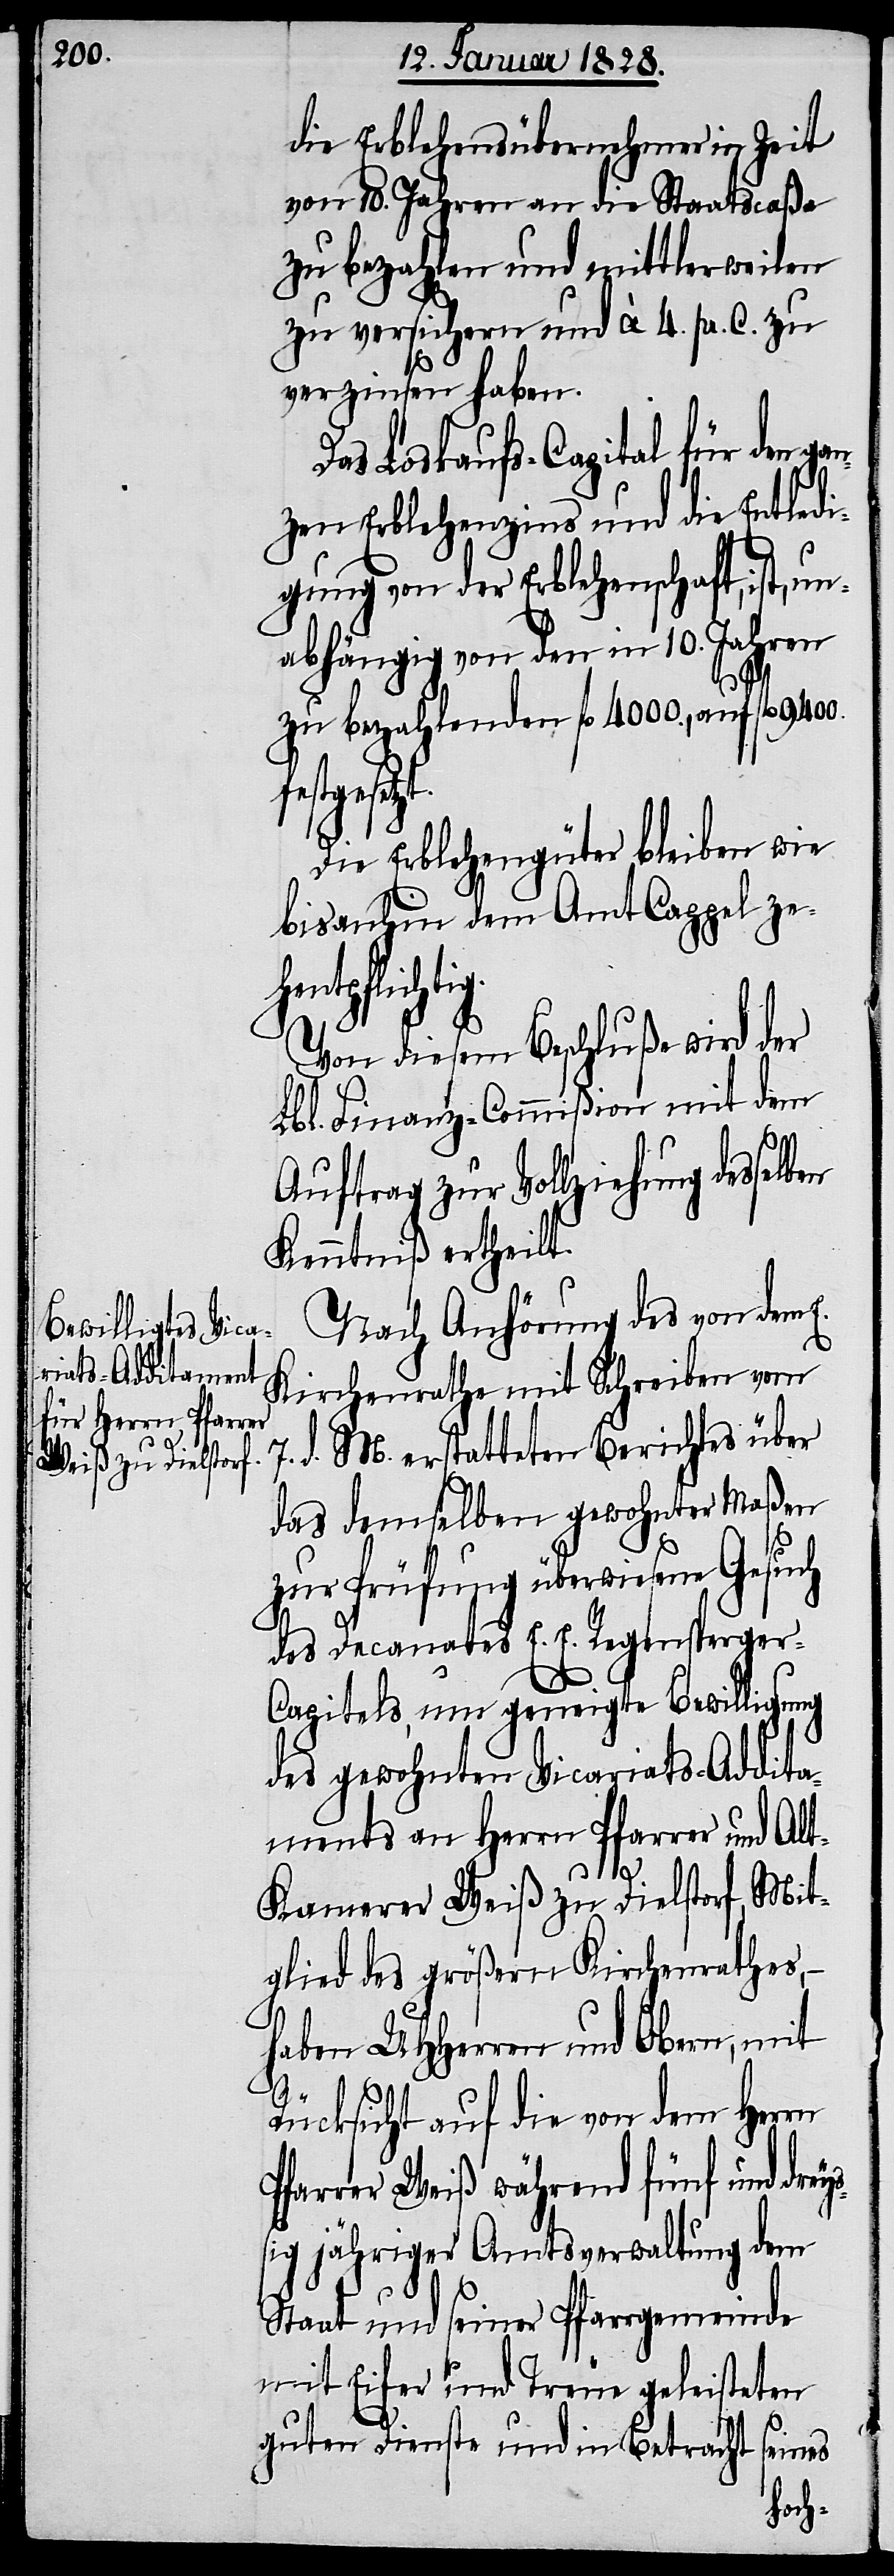
g.

die Erblehensübernehmer in Zeit
von 10. Jahren an die Staatscaßa
zu bezahlen und mittlerweilen
zu versichern und ä 4. pr. C. zu
verzinsen haben.
Das Loskaufs-Capital für den ga¬
nzen Erblehenszins und die Entledi¬
gung von der Erblehenschaft, ist, un¬
abhängig von den in 10. Jahren
zu bezahlenden fl 4000., auf fl 9400.
gesetzt.
Die Erblehengüter bleiben wie
bis anhin dem Amt Cappel zeh¬
entpflichti¬
Von diesem Beschluße wird der
Lbl. Finanz-Commißion mit dem
Auftrag zur Vollziehung desselben
Kenntniß ertheilt.
Nach Anhörung des von dem E.
Kirchenrathe mit Schreiben vom
d. M. erstatteten Berichtes über
7.
das demselben gewohnter Maßen
zur Prüfung überwiesenen
des Decanates E. E. Regensperger-C¬
apitels, um geneigte Bewilligung
des gewohnten Vicariats-Addita¬
ments an Herrn Pfarrer und Al¬
t-Kamerer Weiß zu Dielstorf, Mit¬
glied des größern Kirchenrathes,
haben UHHerren und Obern, mit
Rücksicht auf die von dem Herrn
Pfarrer Weiß während fünf und drey¬
ßig jähriger Amtsverwaltung dem
Staat und seiner Pfarrgemeinde
mit Eifer und Treue geleisteten
guten Dienste und in Betracht seines